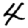
Digit: 4